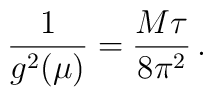
\frac{1}{g^2(\mu)}=\frac{M\tau}{8\pi^2}\,.